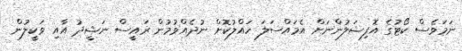
ނަމަވެސް ކޯޓުގެ އޮފިޝަލުންނަށް އެމައްސަލަ ހައްލުކޮށް ނުދެއްވުމުން ރައީސް ނަޝީދު އާއި ވަކީލުން